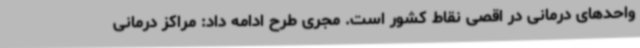
واحدهای درمانی در اقصی نقاط کشور است. مجری طرح ادامه داد: مراکز درمانی